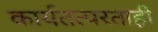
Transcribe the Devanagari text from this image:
कार्यतत्परताही